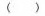
( )